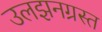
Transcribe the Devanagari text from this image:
उलझनग्रस्त